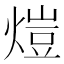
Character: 𤍈